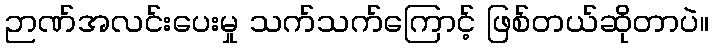
ဉာဏ်အလင်းပေးမှု သက်သက်ကြောင့် ဖြစ်တယ်ဆိုတာပဲ။